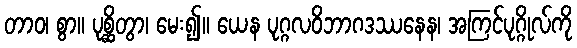
တာဝ၊ စွာ။ ပုစ္ဆိတွာ၊ မေး၍။ ယေန ပုဂ္ဂလဝိဘာဂဒဿနေန၊ အကြင်ပုဂ္ဂိုလ်ကို